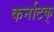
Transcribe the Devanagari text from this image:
कर्नाटक्